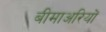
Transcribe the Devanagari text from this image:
बीमाअरियों